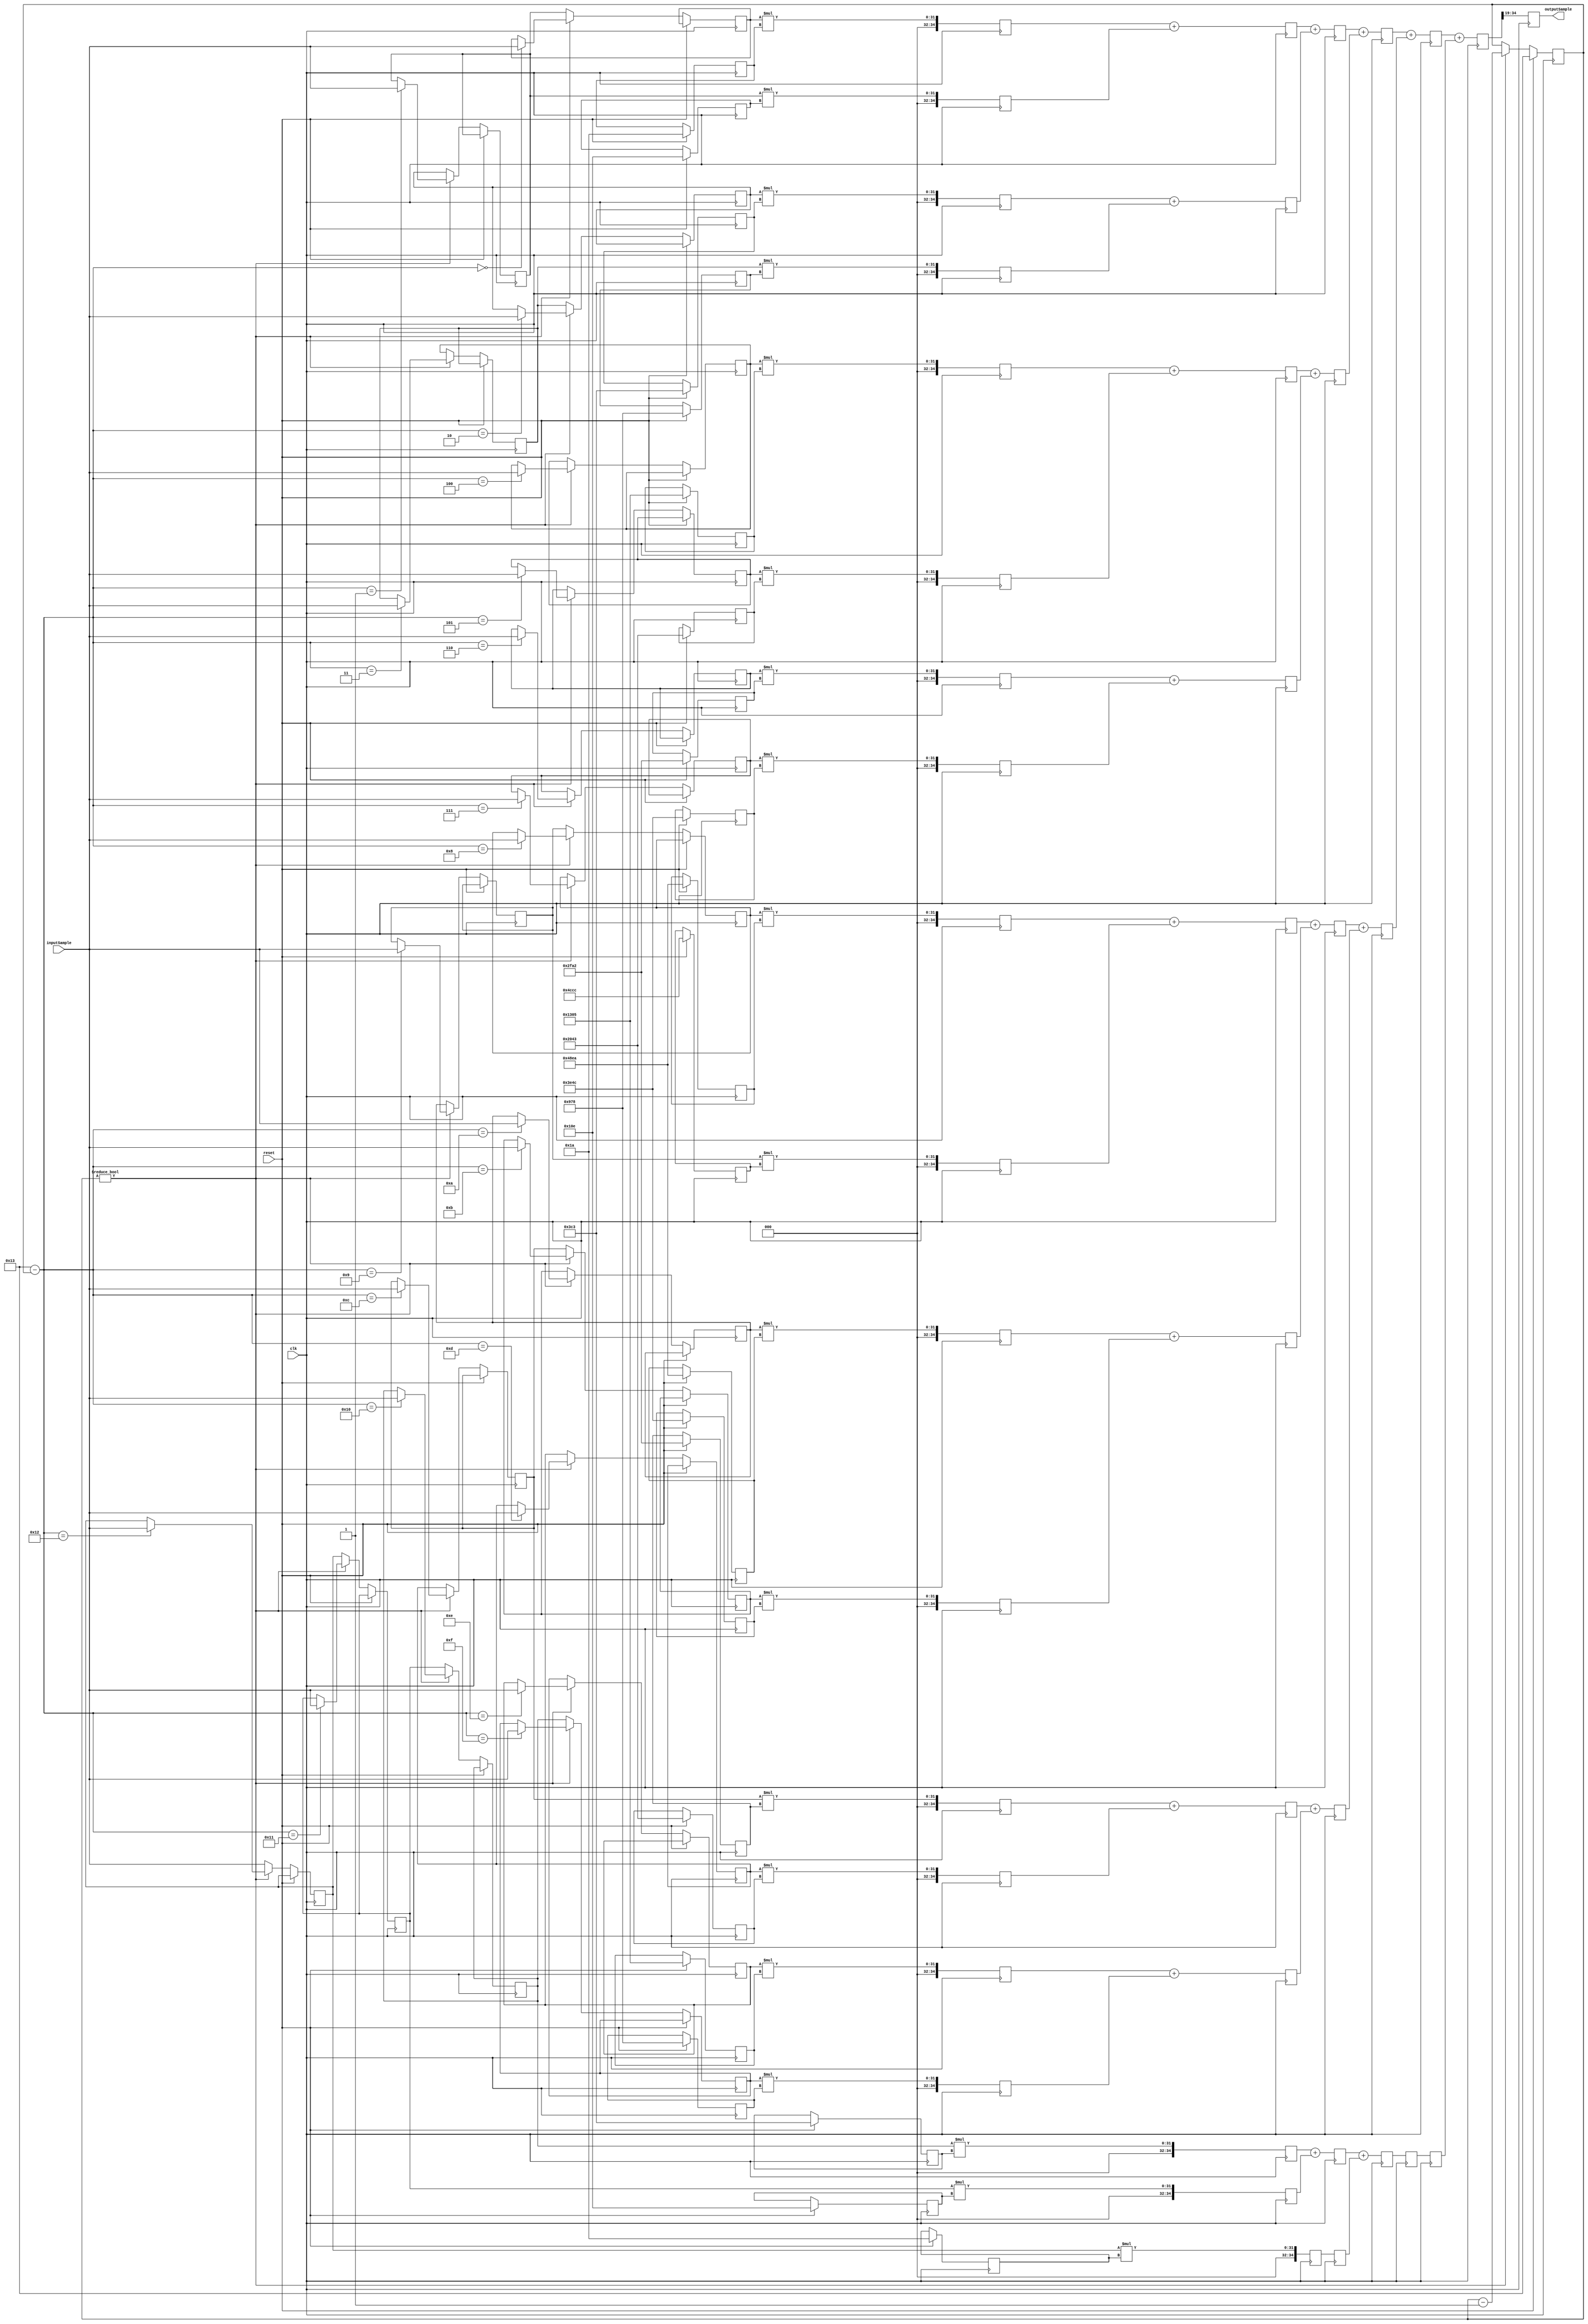
`timescale 1ns / 1ps
//////////////////////////////////////////////////////////////////////////////////
// Company: 
// Engineer: 
// 
// Design Name: 
// Module Name:    FIR_filter 
// Project Name: 
// Target Devices: 
// Tool versions: 
// Description: 
//
// Dependencies: 
//
// Revision: 
// Revision 0.01 - File Created
// Additional Comments: 
//
//////////////////////////////////////////////////////////////////////////////////
module FIR_filter(
	input wire signed [15:0] inputSample,
	input wire clk ,
	input wire reset,
	
	output reg signed [15:0] outputSample
   );
	
	reg [4:0] start;
	reg [15:0] coe [18:0];
	reg [15:0] sample [18:0];
	reg [35:0] out [18:0] ;
	reg [35:0] layer_1 [9:0];
	reg [35:0] layer_2 [4:0];
	reg [35:0] layer_3 [2:0];
	reg [35:0] layer_4 [1:0];
	reg [35:0] tempOutputSample;
	integer i ;
	
	always @(posedge clk)
	begin
		if(reset)
		begin
			start = 19;
			coe[0] = 26;
			coe[1] = 270;
			coe[2] = 963;
			coe[3] = 2424;
			coe[4] = 4869;
			coe[5] = 8259;
			coe[6] = 12194;
			coe[7] = 15948;
			coe[8] = 18666;
			coe[9] = 19660;
			coe[18] = 26;
			coe[17] = 270;
			coe[16] = 963;
			coe[15] = 2424;
			coe[14] = 4869;
			coe[13] = 8259;
			coe[12] = 12194;
			coe[11] = 15948;
			coe[10] = 18666;
		end
		else
		begin
			if(start!=0)
			begin
				sample[19-start] = inputSample;
				start = start -1;
			end
			else
			begin
				for(i=0;i<18;i=i+1)
				begin
					sample[i] = sample [i+1];
				end
				sample[18]=inputSample;
			end
		end
	end
	
	always @ (posedge clk)  // zarb_konande
	begin
		for(i=0;i<19;i=i+1)
		begin
			out[i] = sample[i] * coe[i];
		end
	end
	
	always @ (posedge clk) //layer 1
	begin
		for(i = 0; i<17 ; i=i+2)
		begin
			layer_1[i/2]=out[i]+out[i+1];
		end
		layer_1[9]=out[18];
	end
	
	always @ (posedge clk) //layer 2
	begin
		for(i = 0; i<9 ; i=i+2)
		begin
			layer_2[i/2]=layer_1[i]+layer_1[i+1];
		end
	end
	
	always @ (posedge clk) //layer 3
	begin
		for(i = 0; i<3 ; i=i+2)
		begin
			layer_3[i/2]=layer_2[i]+layer_2[i+1];
		end
		layer_3[2]=layer_2[4];
	end
	
	always @ (posedge clk) //layer 4
	begin
		layer_4[0]=layer_3[0]+layer_3[1];
		layer_4[1]=layer_3[2];
	end
	
	always @ (posedge clk) //layer 5
	begin
		tempOutputSample = layer_4[0]+layer_4[1];
	end
	
	always @(posedge clk)
	begin
	for(i=0;i<16;i=i+1)
	begin
		outputSample[i]=tempOutputSample[19+i];
	end
		
	end
endmodule